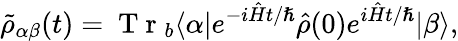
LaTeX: \tilde{\rho}_{\alpha\beta}(t)=\mathrm{~T~r~}_{b}\langle\alpha|e^{-i\hat{H}t/\hslash}\hat{\rho}(0)e^{i\hat{H}t/\hslash}|\beta\rangle,